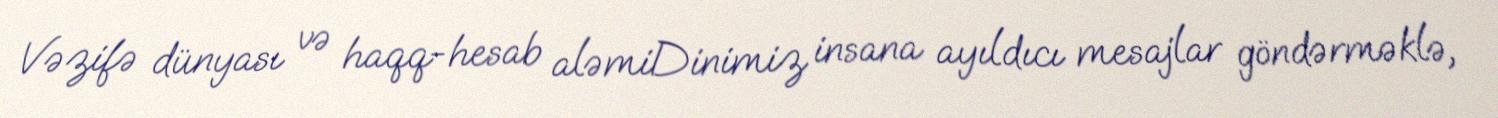
Vəzifə dünyası və haqq-hesab aləmiDinimiz insana ayıldıcı mesajlar göndərməklə,